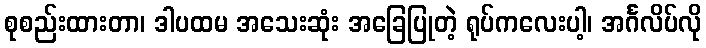
စုစည်းထားတာ၊ ဒါပထမ အသေးဆုံး အခြေပြုတဲ့ ရုပ်ကလေးပါ့၊ အင်္ဂလိပ်လို